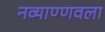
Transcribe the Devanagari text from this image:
नव्याण्णवला